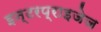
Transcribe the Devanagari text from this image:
इन्टरप्राइजेज